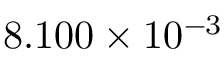
8 . 1 0 0 \times 1 0 ^ { - 3 }